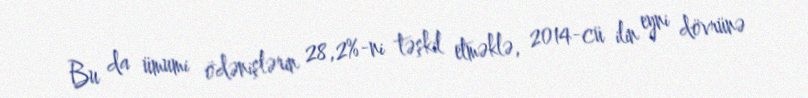
Bu da ümumi ödənişlərin 28,2%-ni təşkil etməklə, 2014-cü ilin eyni dövrünə